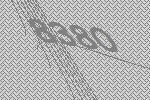
8380